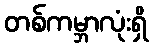
တစ်ကမ္ဘာလုံးရှိ